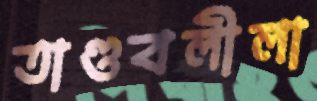
তাণ্ডবলীলা